Vaccination in Bombay 1924-1928 - 1924-1928
Year: 1924
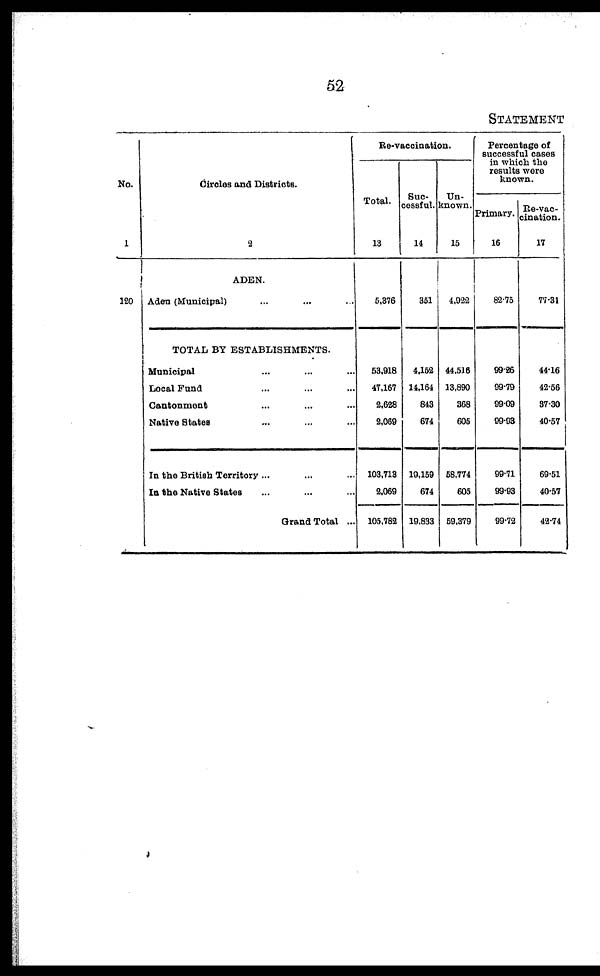
52
STATEMENT
No.
1
120
Circles and Districts.
2
ADEN.
Aden (Municipal) ... ... ...
TOTAL BY ESTABLISHMENTS.
Municipal ... ... ...
Local Fund ... ... ...
Cantonment ... ... ...
Native States ... ... ...
In the British Territory ... ... ...
In the Native States ... ... ...
Grand Total ...
Re-vaccination.
Total.
13
5,376
53,918
47,167
2,628
2,069
103,713
2,069
105,782
Suc-
cessful.
14
351
4,152
14,164
843
674
19,159
674
19,833
Un-
known.
15
4,922
44,516
13,890
368
605
58,774
605
59,379
Percentage of
successful cases
in which the
results were
known.
Primary.
16
82.75
99.26
99.79
99.09
99.93
99.71
99.93
99.72
Re-vac-
cination.
17
77.31
44.16
42.56
37.30
40.57
69.51
40.57
42.74